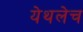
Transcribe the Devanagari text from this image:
येथलेच